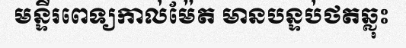
មន្ទីរពេទ្យកាល់ម៉ែត មានបន្ទប់ថតឆ្លុះ